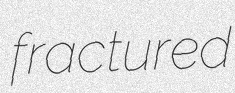
fractured